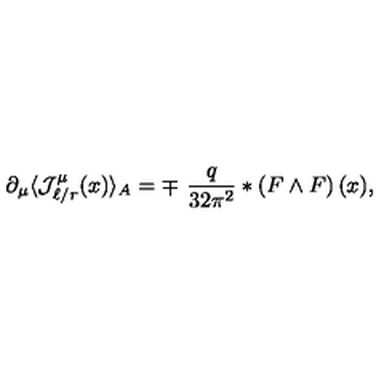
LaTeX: \partial _ { \mu } \langle { \mathcal J } _ { \ell / r } ^ { \mu } ( x ) \rangle _ { A } = \mp \ \frac { q } { 3 2 \pi ^ { 2 } } * \left( F \wedge F \right) ( x ) ,